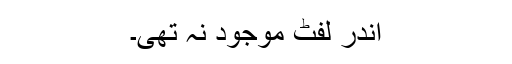
اندر لفٹ موجود نہ تھی۔